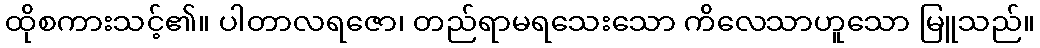
ထိုစကားသင့်၏။ ပါတာလရဇော၊ တည်ရာမရသေးသော ကိလေသာဟူသော မြူသည်။